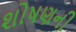
શોષણની